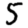
Digit: 5